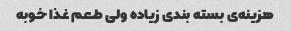
هزینه‌ی بسته بندی زیاده ولی طعم غذا خوبه